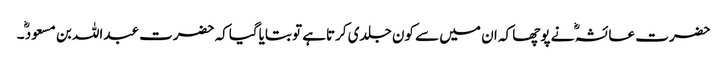
حضرت عائشہ ؓ نے پوچھا کہ ان میں سے کون جلدی کرتاہے تو بتایاگیاکہ حضرت عبداللہ بن مسعود ؓ۔